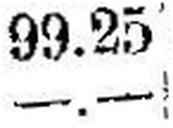
—.—